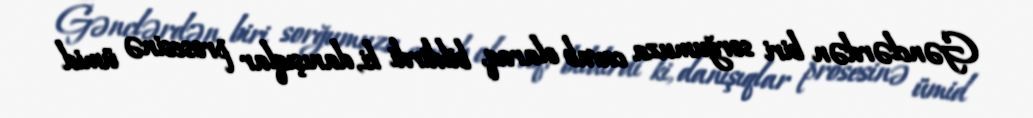
Gənclərdən biri sorğumuza cavab olaraq, bildirdi ki, danışıqlar prosesinə ümid